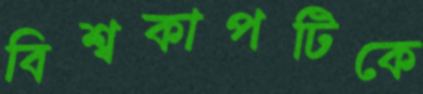
বিশ্বকাপটিকে